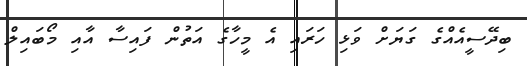
ބިދޭސީއެއްގެ ގަޔަށް ވަޅި ހަރައި އެ މީހާގެ އަތުން ފައިސާ އާއި މޯބައިލް